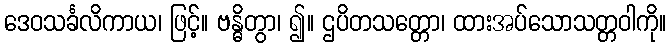
ဒေဝသင်္ခလိကာယ၊ ဖြင့်။ ဗန္ဓိတွာ၊ ၍။ ဌပိတသတ္တော၊ ထားအပ်သောသတ္တဝါကို။